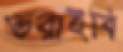
ভরাইবি